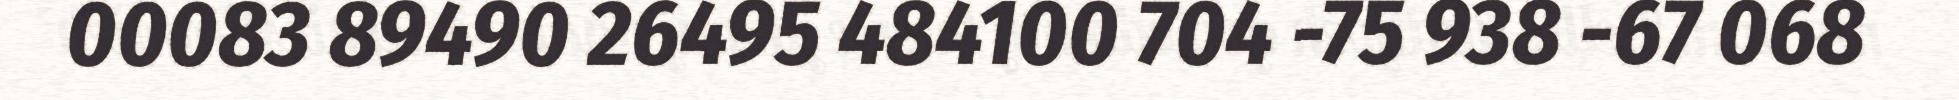
00083 89490 26495 484100 704 -75 938 -67 068